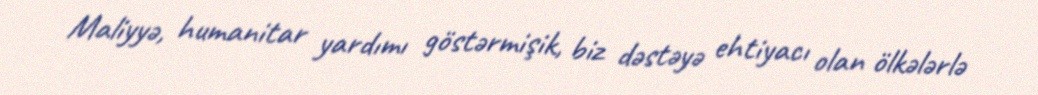
Maliyyə, humanitar yardımı göstərmişik, biz dəstəyə ehtiyacı olan ölkələrlə